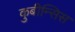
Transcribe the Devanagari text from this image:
कुबीन्सिस